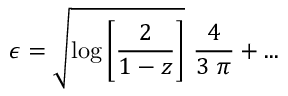
\epsilon = \sqrt { \log \left[ \frac { 2 } { 1 - z } \right] } \ \frac { 4 } { 3 \ \pi } + . . .